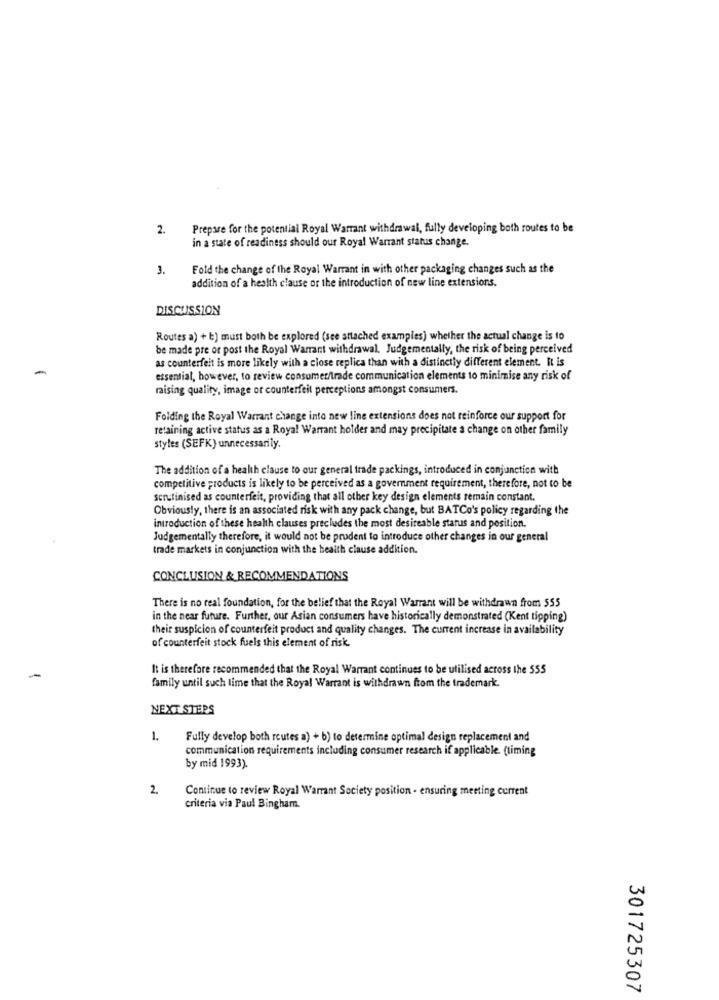
2.
Prepare for the potential Royal Warrant withdrawal, fully developing both routes to be
in a state of readiness should our Royal Warrant status change.
3.
Fold the change of the Royal Warrant in with other packaging changes such as the
addition of a health clause or the introduction of new line extensions.
DISCUSSION
Routes a) + b) must both be explored (see attached examples) whether the actual change is to
be made pre or post the Royal Warrant withdrawal. Judgementally, the risk of being perceived
as counterfeit is more likely with a close replica than with a distinctly different element. It is
-
essential, however, to review consumer/trade communication elements to minimise any risk of
raising quality, image or counterfeit perceptions amongst consumers.
Folding the Royal Warrant change into new line extensions does not reinforce our support for
retaining active status as a Royal Warrant holder and may precipitate a change on other family
styles (SEFK) unnecessarily.
The addition of a health clause to our general trade packings, introduced in conjunction with
competitive products is likely to be perceived as a government requirement, therefore, not to be
scrutinised as counterfeit, providing that all other key design elements remain constant.
Obviously, there is an associated risk with any pack change, but BATCo's policy regarding the
introduction of these health clauses precludes the most desireable status and position.
Judgementally therefore, it would not be prudent to introduce other changes in our general
trade markets in conjunction with the health clause addition.
CONCLUSION & RECOMMENDATIONS
There is no real foundation, for the belief that the Royal Warrant will be withdrawn from $55
in the near future. Further, our Asian consumers have historically demonstrated (Kent tipping)
their suspicion of counterfeit product and quality changes. The current increase in availability
of counterfeit stock fuels this element of risk.
It is therefore recommended that the Royal Warrant continues to be utilised across the 555
family until such time that the Royal Warrant is withdrawn from the trademark.
NEXT STEPS
1.
Fully develop both routes a) + b) to determine optimal design replacement and
communication requirements including consumer research if applicable. (timing
by mid 1993).
2.
Continue to review Royal Warrant Society position . ensuring meeting current
criteria via Paul Bingham
301725307